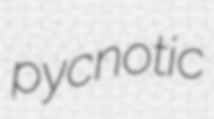
pycnotic